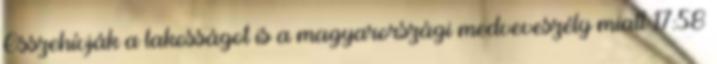
Összehívják a lakosságot is a magyarországi medveveszély miatt 17:58